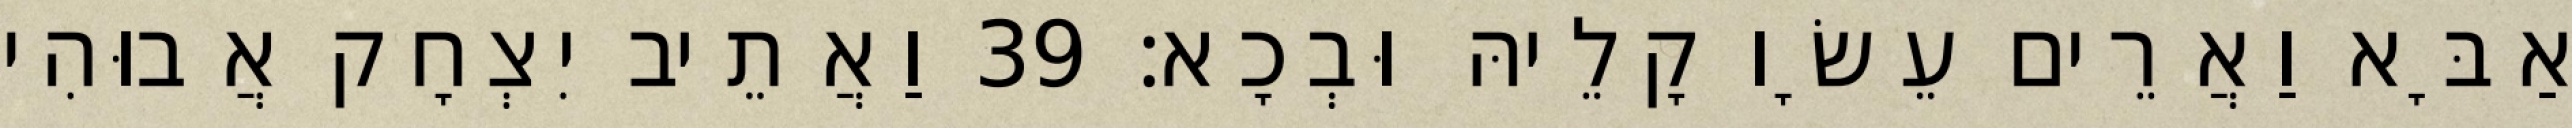
אַבָּא וַאֲרֵים עֵשָׂו קָלֵיהּ וּבְכָא׃ 39 וַאֲתֵיב יִצְחָק אֲבוּהִי